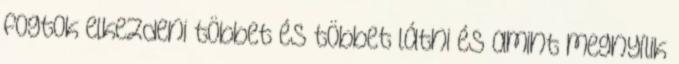
fogtok elkezdeni többet és többet látni és amint megnyílik